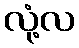
လုံ့လ